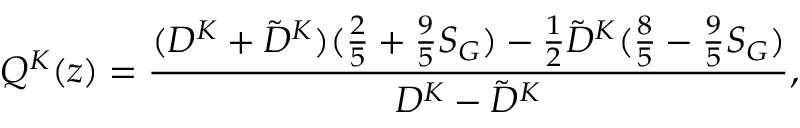
Q ^ { K } ( z ) = \frac { ( D ^ { K } + \tilde { D } ^ { K } ) ( \frac { 2 } { 5 } + \frac { 9 } { 5 } S _ { G } ) - \frac { 1 } { 2 } \tilde { D } ^ { K } ( \frac { 8 } { 5 } - \frac { 9 } { 5 } S _ { G } ) } { D ^ { K } - \tilde { D } ^ { K } } ,